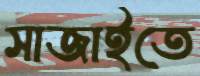
সাজাইতে